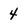
Character: 4